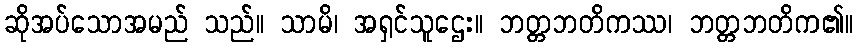
ဆိုအပ်သောအမည် သည်။ သာမိ၊ အရှင်သူဌေး။ ဘတ္တဘတိကဿ၊ ဘတ္တဘတိက၏။